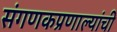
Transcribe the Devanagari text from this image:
संगणकप्रणाल्यांची